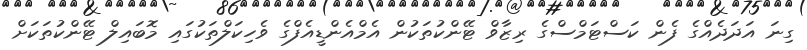
ގިނަ އަދަދެއްގެ ފެން ކަސްޓަމްސްގެ ރިޒާވް ޓޭންކުތަކުން އެމްއެންޑީއެފްގެ ވެހިކަލްތަކުގައި މޮބައިލް ޓޭންކުތަކަށް